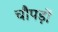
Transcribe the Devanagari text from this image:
चौपड़ों